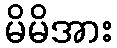
မိမိအား